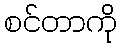
စင်တာကို